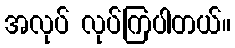
အလုပ် လုပ်ကြပါတယ်။